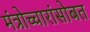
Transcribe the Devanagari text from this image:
मंत्रोच्चारांसोबत